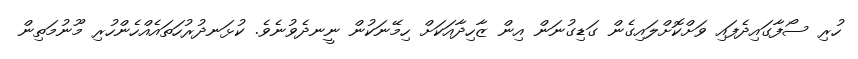
ހުރި ސޯފާގައިދެފައި ވަށްކޮށްލައިގެން ގަޑިގުނަން އިން ޒާހިދާއަކަށް ހިމޭނަކުން ނީނދެވުނެވެ. ކުޅަނދުރުހަތައެއްހެންހުރި މޫނުމަތިން